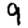
Digit: 9